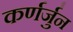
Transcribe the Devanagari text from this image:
कर्णर्जुन